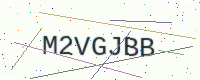
Text: M2VGJBB